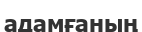
адамғаның